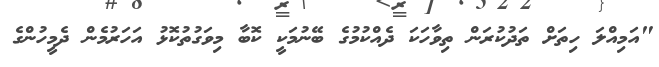
"އަމިއްލަ ހިތަށް ތަދުކުރަން ތިވާހަކަ ދެއްކުމުގެ ބޭނުމަކީ ކޮބާ މިވަގުތުކޮޅު އަހަރުމެން ދެމީހުންގެ